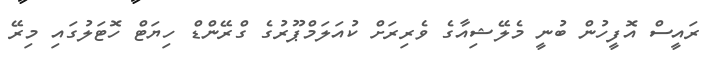
ރައީސް އޮފީހުން ބުނީ މެލޭޝިއާގެ ވެރިރަށް ކުއަލަމްޕޫރުގެ ގްރޭންޑް ހިޔަޓް ހޮޓަލުގައި މިރޭ